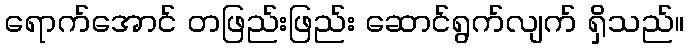
ရောက်အောင် တဖြည်းဖြည်း ဆောင်ရွက်လျက် ရှိသည်။